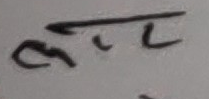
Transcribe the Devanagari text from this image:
लम्पट